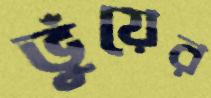
ভুঁয়ের